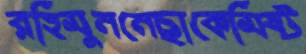
রহিমুননেছাকেমিষ্ট